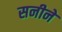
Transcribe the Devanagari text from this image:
सनीने